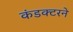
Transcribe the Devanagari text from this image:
कंडक्टरने